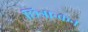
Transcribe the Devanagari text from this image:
छित्रान्कन